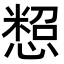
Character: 𢠒